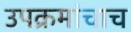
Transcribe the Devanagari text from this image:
उपक्रमांचाच